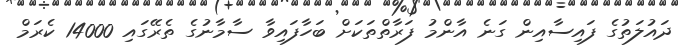
ދައުލަތުގެ ފައިސާއިން ގަނެ އާންމު ފަރާތްތަކަށް ބަހާފައިވާ ސާމާނުގެ ތެރޭގައި 14000 ކެރަމް